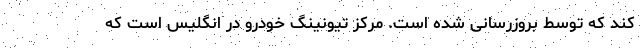
کند که توسط بروزرسانی شده است. مرکز تیونینگ خودرو در انگلیس است که